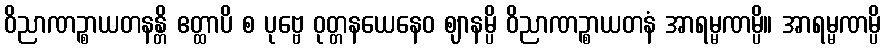
ဝိညာဏဉ္စာယတနန္တိ ဧတ္ထာပိ စ ပုဗ္ဗေ ဝုတ္တနယေနေဝ ဈာနမ္ပိ ဝိညာဏဉ္စာယတနံ အာရမ္မဏမ္ပိ။ အာရမ္မဏမ္ပိ